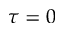
\tau = 0